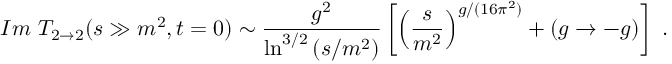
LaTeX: I m ~ T _ { 2 \rightarrow 2 } ( s \gg m ^ { 2 } , t = 0 ) \sim \displaystyle { \frac { g ^ { 2 } } { \ln ^ { 3 / 2 } \left( s / m ^ { 2 } \right) } } \left[ \left( \frac { s } { m ^ { 2 } } \right) ^ { g / ( 1 6 \pi ^ { 2 } ) } + ( g \rightarrow - g ) \right] \, \, .